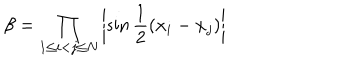
LaTeX: \beta = \prod _ { 1 \leq i < j \leq N } \left| \sin \frac { 1 } { 2 } ( x _ { i } - x _ { j } ) \right|